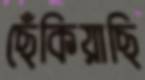
ছেঁকিয়াছি